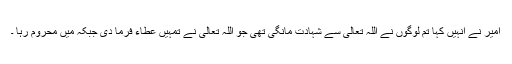
امیر نے انہیں کہا تم لوگوں نے اللہ تعالٰی سے شہادت مانگی تھی جو اللہ تعالٰی نے تمہیں عطاء فرما دی جبکہ میں محروم رہا ۔